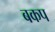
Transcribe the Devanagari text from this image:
बकप